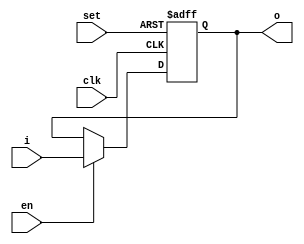
module dff(
  input wire clk, set, en,
  input wire [3:0] i,
  output wire [3:0] o
);
  reg [3:0] o_reg;
  wire [3:0] o_next;
  always @(posedge clk, posedge set)
  begin
    if (set)
      o_reg <= 4'b1111;
    else if (en)
      o_reg <= o_next;
  end
  assign o_next = i;
  assign o = o_reg;

endmodule